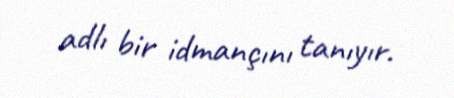
adlı bir idmançını tanıyır.